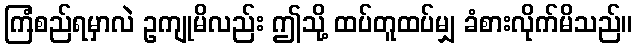
ကြံစည်ရမှာလဲ ဥကျုမိလည်း ဤသို့ ထပ်တူထပ်မျှ ခံစားလိုက်မိသည်။